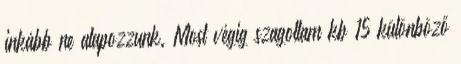
inkább ne alapozzunk. Most végig szagoltam kb 15 különböző